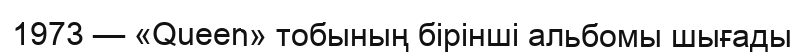
1973 — «Queen» тобының бiрiншi альбомы шығады